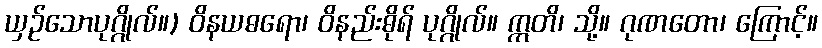
ယှဉ်သောပုဂ္ဂိုလ်။) ဝိနယဓရော၊ ဝိနည်းဓိုရ် ပုဂ္ဂိုလ်။ ဣတိ၊ သို့။ ဂုဏတော၊ ကြောင့်။